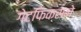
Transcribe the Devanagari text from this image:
गेटफिक्सने